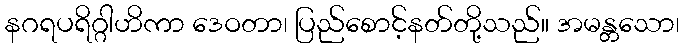
နဂရပရိဂ္ဂါဟိကာ ဒေဝတာ၊ ပြည်စောင့်နတ်တို့သည်။ အမန္တသော၊